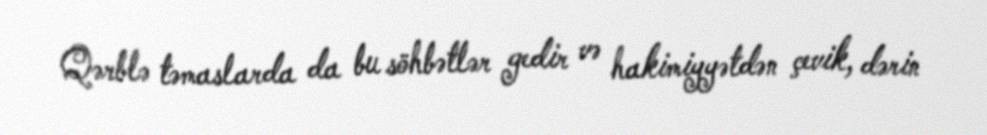
Qərblə təmaslarda da bu söhbətlər gedir və hakimiyyətdən çevik, dərin